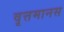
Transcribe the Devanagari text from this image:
वृत्तमानस